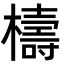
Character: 檮